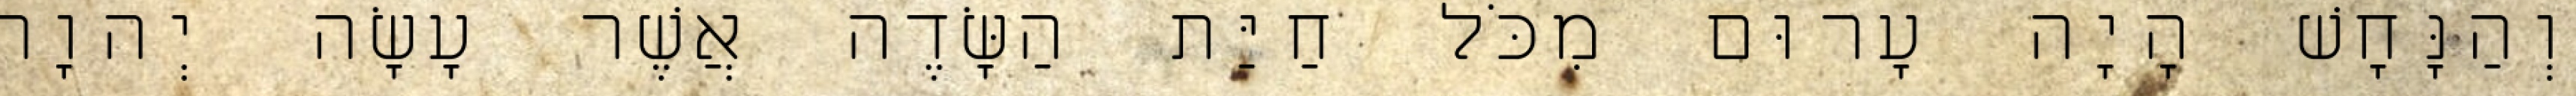
וְהַנָּחָשׁ הָיָה עָרוּם מִכֹּל חַיַּת הַשָּׂדֶה אֲשֶׁר עָשָׂה יְהוָה